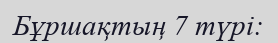
Бұршақтың 7 түрі: